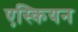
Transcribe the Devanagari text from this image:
एस्कियन